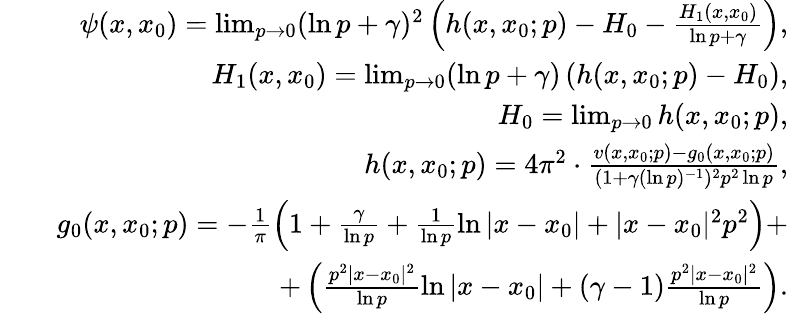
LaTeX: \begin{array}{rlr}&{}&{\psi(x,x_{0})=\operatorname*{lim}_{p\rightarrow 0}(\ln{p}+\gamma)^{2}\left(h(x,x_{0};p)-H_{0}-\frac{H_{1}(x,x_{0})}{\ln{p}+\gamma}\right),}\\ &{}&{H_{1}(x,x_{0})=\operatorname*{lim}_{p\rightarrow 0}(\ln{p}+\gamma)\left(h(x,x_{0};p)-H_{0}\right),}\\ &{}&{H_{0}=\operatorname*{lim}_{p\rightarrow 0}h(x,x_{0};p),}\\ &{}&{h(x,x_{0};p)=4\pi^{2}\cdot\frac{v(x,x_{0};p)-g_{0}(x,x_{0};p)}{(1+\gamma(\ln{p})^{-1})^{2}p^{2}\ln{p}},}\\ &{}&{g_{0}(x,x_{0};p)=-\frac{1}{\pi}\left(1+\frac{\gamma}{\ln{p}}+\frac{1}{\ln{p}}\ln{|x-x_{0}|}+|x-x_{0}|^{2}p^{2}\right)+}\\ &{}&{+\left(\frac{p^{2}|x-x_{0}|^{2}}{\ln{p}}\ln{|x-x_{0}|}+(\gamma-1)\frac{p^{2}|x-x_{0}|^{2}}{\ln{p}}\right).}\end{array}